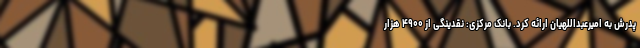
پدرش به امیرعبداللهیان ارائه کرد. بانک مرکزی: نقدینگی از ۴۹۰۰ هزار